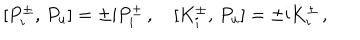
{ } [ P _ { i } ^ { \pm } , \, P _ { u } ] = \pm \mathrm { i } P _ { i } ^ { \pm } \, , \quad { } [ K _ { i } ^ { \pm } , \, P _ { u } ] = \pm \mathrm { i } K _ { i } ^ { \pm } \, ,